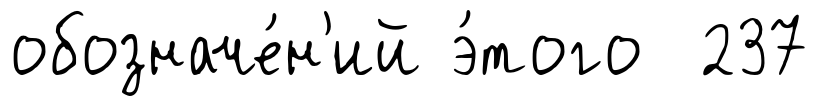
обозначе́н'ий э́того 237